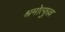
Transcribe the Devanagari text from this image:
श्रमोत्फुल्ल